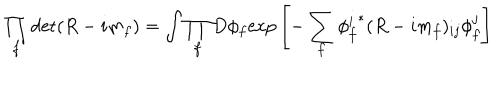
LaTeX: \prod _ { f } \det ( R - i m _ { f } ) = \int \prod _ { f } D \phi _ { f } \mathrm { e x p } \left[ - \sum _ { f } { \phi _ { f } ^ { i } } ^ { * } ( R - i m _ { f } ) _ { i j } \phi _ { f } ^ { j } \right]